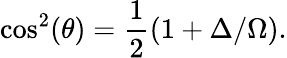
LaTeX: \cos^{2}(\theta)=\frac{1}{2}\left(1+\Delta/\Omega\right).